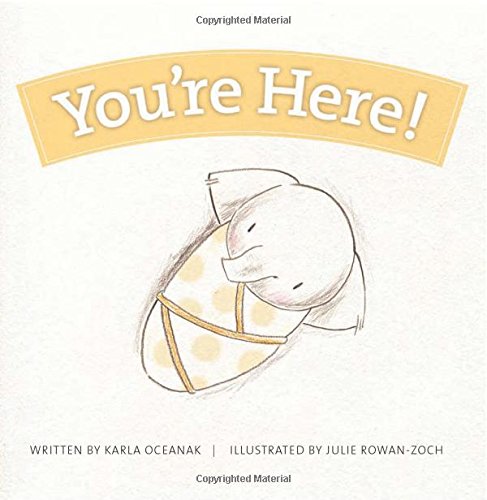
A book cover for You're Here! (Year-by-Year Books); Karla Oceanak; Children's Books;